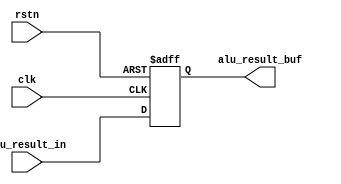
// alu result reg:
// Stores alu_result for one more clock cycle.
// This is used for example on load/store, alu wb, etc.

module alu_result_reg (
  input             clk, 
  input             rstn,

  input      [31:0] alu_result_in,
  output reg [31:0] alu_result_buf
);

always @ (posedge clk or negedge rstn) begin
  if (!rstn) alu_result_buf <= 32'b0;
  else       alu_result_buf <= alu_result_in;
end

endmodule